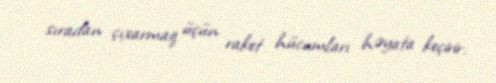
sıradan çıxarmaq üçün raket hücumları həyata keçirir.